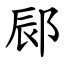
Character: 䣅